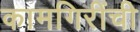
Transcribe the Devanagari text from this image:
कामगिरींची